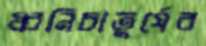
ধ্বনিচাতুর্যের